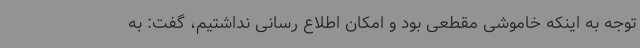
توجه به اینکه خاموشی مقطعی بود و امکان اطلاع رسانی نداشتیم، گفت: به